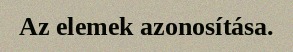
Az elemek azonosítása.